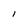
Character: l